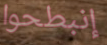
إنبطحوا